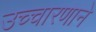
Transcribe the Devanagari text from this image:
उच्चारणाने